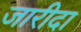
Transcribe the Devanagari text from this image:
जारीदा